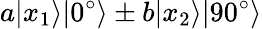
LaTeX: a|x_{1}\rangle|0^{\circ}\rangle\pm b|x_{2}\rangle|90^{\circ}\rangle